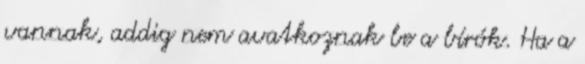
vannak, addig nem avatkoznak be a bírók. Ha a